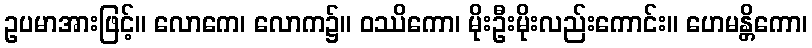
ဥပမာအားဖြင့်။ လောကေ၊ လောက၌။ ဝဿိကော၊ မိုးဦးမိုးလည်းကောင်း။ ဟေမန္တိကော၊